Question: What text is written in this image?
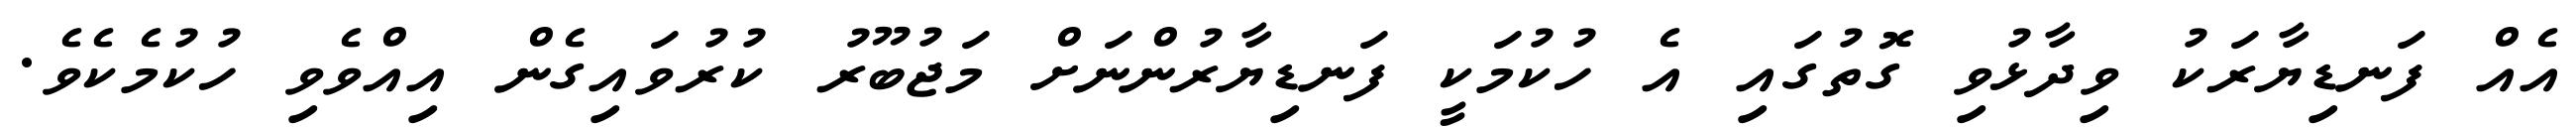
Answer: އެއް ފަނޑިޔާރަކު ވިދާޅުވި ގޮތުގައި އެ ހުކުމަކީ ފަނޑިޔާރުންނަށް މަޖުބޫރު ކުރުވައިގެން އިއްވެވި ހުކުމެކެވެ.